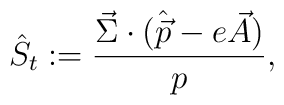
\hat S_t : = {\vec{\Sigma}\cdot(\hat{\vec{p}}-e\vec{A})\over p},